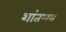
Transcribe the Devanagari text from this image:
शांतमय